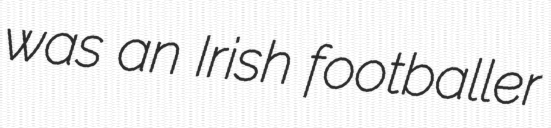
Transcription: was an Irish footballer